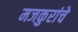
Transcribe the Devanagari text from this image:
मजकुरांचे